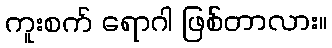
ကူးစက် ရောဂါ ဖြစ်တာလား။